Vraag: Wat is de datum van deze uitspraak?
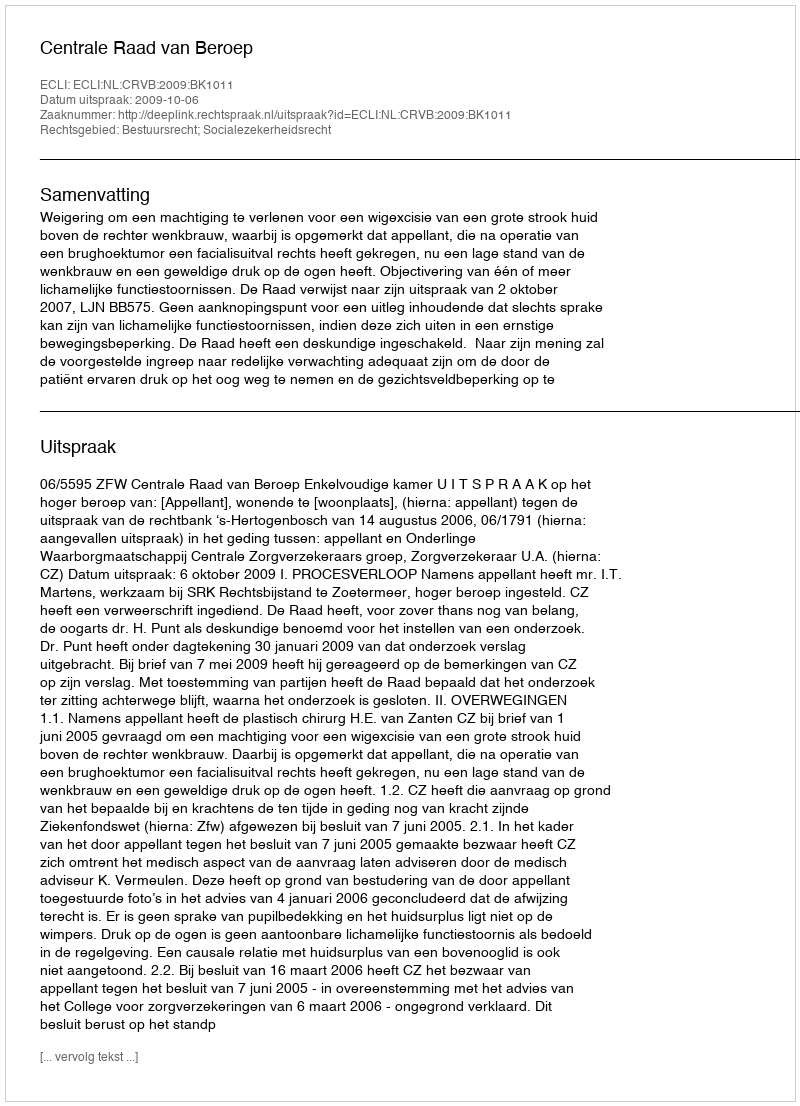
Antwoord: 2009-10-06